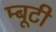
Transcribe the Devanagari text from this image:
म्बूटी